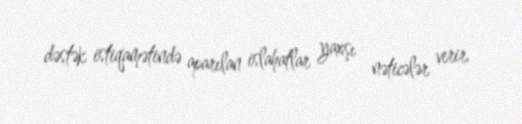
dəstək istiqamətində aparılan islahatlar yaxşı nəticələr verir.